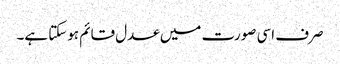
صرف اسی صورت میں عدل قائم ہوسکتا ہے۔